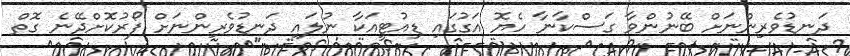
ދަނޑުވެރިންނަށް ބޭނުންވާ ގަސްކާނާ ހެޔޮ އަގުގައި ޑިއުޓީއަކާ ނުލައި ދަނޑުވެރިންނަށް ފޯރުކޮށްދޭނެ ގޮތް